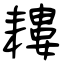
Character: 耬